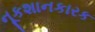
નૂકશાનકારક